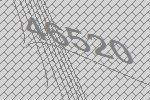
46520